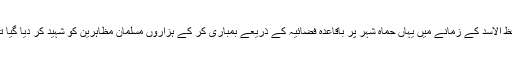
حافظ الاسد کے زمانے میں یہاں حماہ شہر پر باقاعدہ فضائیہ کے ذریعے بمباری کر کے ہزاروں مسلمان مظاہرین کو شہید کر دیا گیا تھا ۔